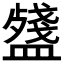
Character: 𥂥